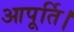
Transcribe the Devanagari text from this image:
आपूर्ति।